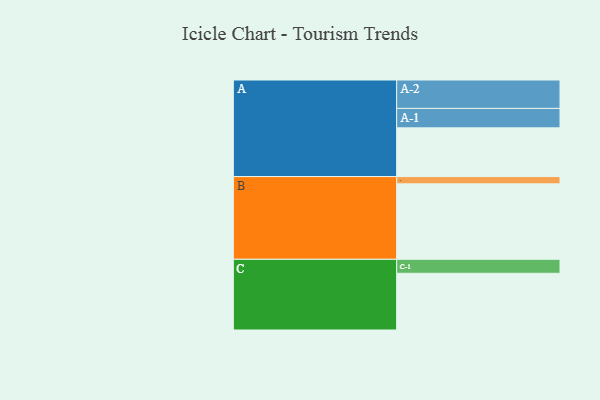
{"axis": {"x": "Segment", "y": "Value"}, "legend": ["", "A", "B", "C"], "data": [{"x": "A", "y": 348, "type": ""}, {"x": "B", "y": 539, "type": ""}, {"x": "C", "y": 405, "type": ""}, {"x": "A-1", "y": 139, "type": "A"}, {"x": "A-2", "y": 203, "type": "A"}, {"x": "B-1", "y": 52, "type": "B"}, {"x": "C-1", "y": 100, "type": "C"}]}